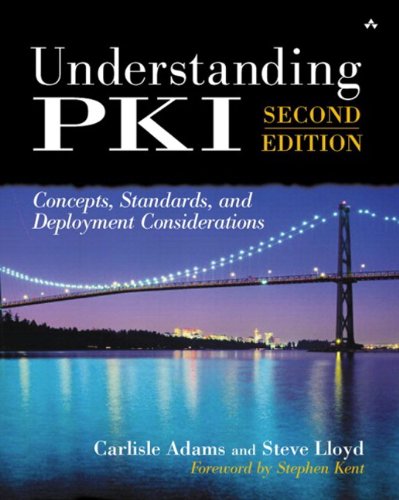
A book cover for Understanding PKI: Concepts, Standards, and Deployment Considerations (paperback) (2nd Edition); Carlisle Adams; Computers & Technology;